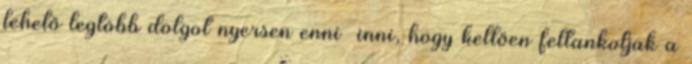
lehető legtöbb dolgot nyersen enni inni, hogy kellően feltankoljak a